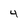
Character: 4